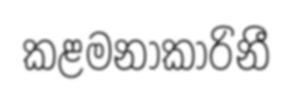
කළමනාකාරිනී